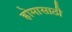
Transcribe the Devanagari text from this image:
होमासाठी